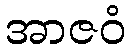
အာဇဝံ